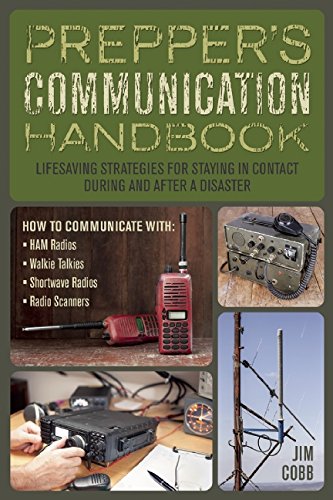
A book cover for Prepper's Communication Handbook: Life-Saving Strategies for Staying in Contact During and After a Disaster; Jim Cobb; Reference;